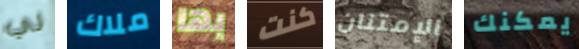
لي ملاك بها كنت الإمتنان يمكنك